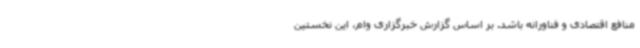
منافع اقتصادی و فناورانه باشد. بر اساس گزارش خبرگزاری وام، این نخستین